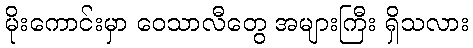
မိုးကောင်းမှာ ဝေသာလီတွေ အများကြီး ရှိသလား